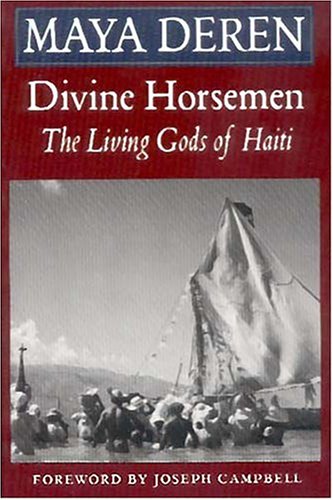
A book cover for Divine Horsemen: The Living Gods of Haiti; Maya Deren; History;